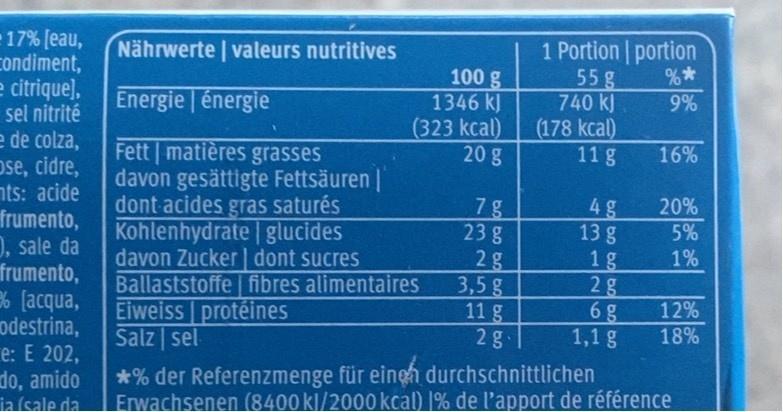
- 17% [eau, condiment, e citrique), sel nitrité e de colza, ose, cidre, nts: acide frumento, ), sale da frumento, 3 [acqua, odestrina, e: E 202, do, amido ia (sale da.
Nährwerte | valeurs nutritives
1 Portion portion 55 g 740 kJ (178 kcal) 11 g
%* 9%
100 g 1346 kJ (323 kcal) 20 g
Energie | énergie
Fett matières grasses davon gesättigte Fettsäuren | dont acides gras saturés Kohlenhydrate glucides davon Zucker dont sucres Ballaststoffe fibres alimentaires Eiweiss protéines Salz sel
16%
20%
7g 23g 2g 3,5 g 11 g 2g
5%
1%
1g 2g 6g 1,1 g
12%
18%
*% der Referenzmenge für eingh durchschnittlichen Frwachsenen (8400 kl/2000 kcal) 1% de l'apport de référence
b bn bo b o on 431 26